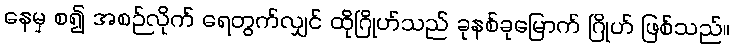
နေမှ စ၍ အစဉ်လိုက် ရေတွက်လျှင် ထိုဂြိုဟ်သည် ခုနစ်ခုမြောက် ဂြိုဟ် ဖြစ်သည်။